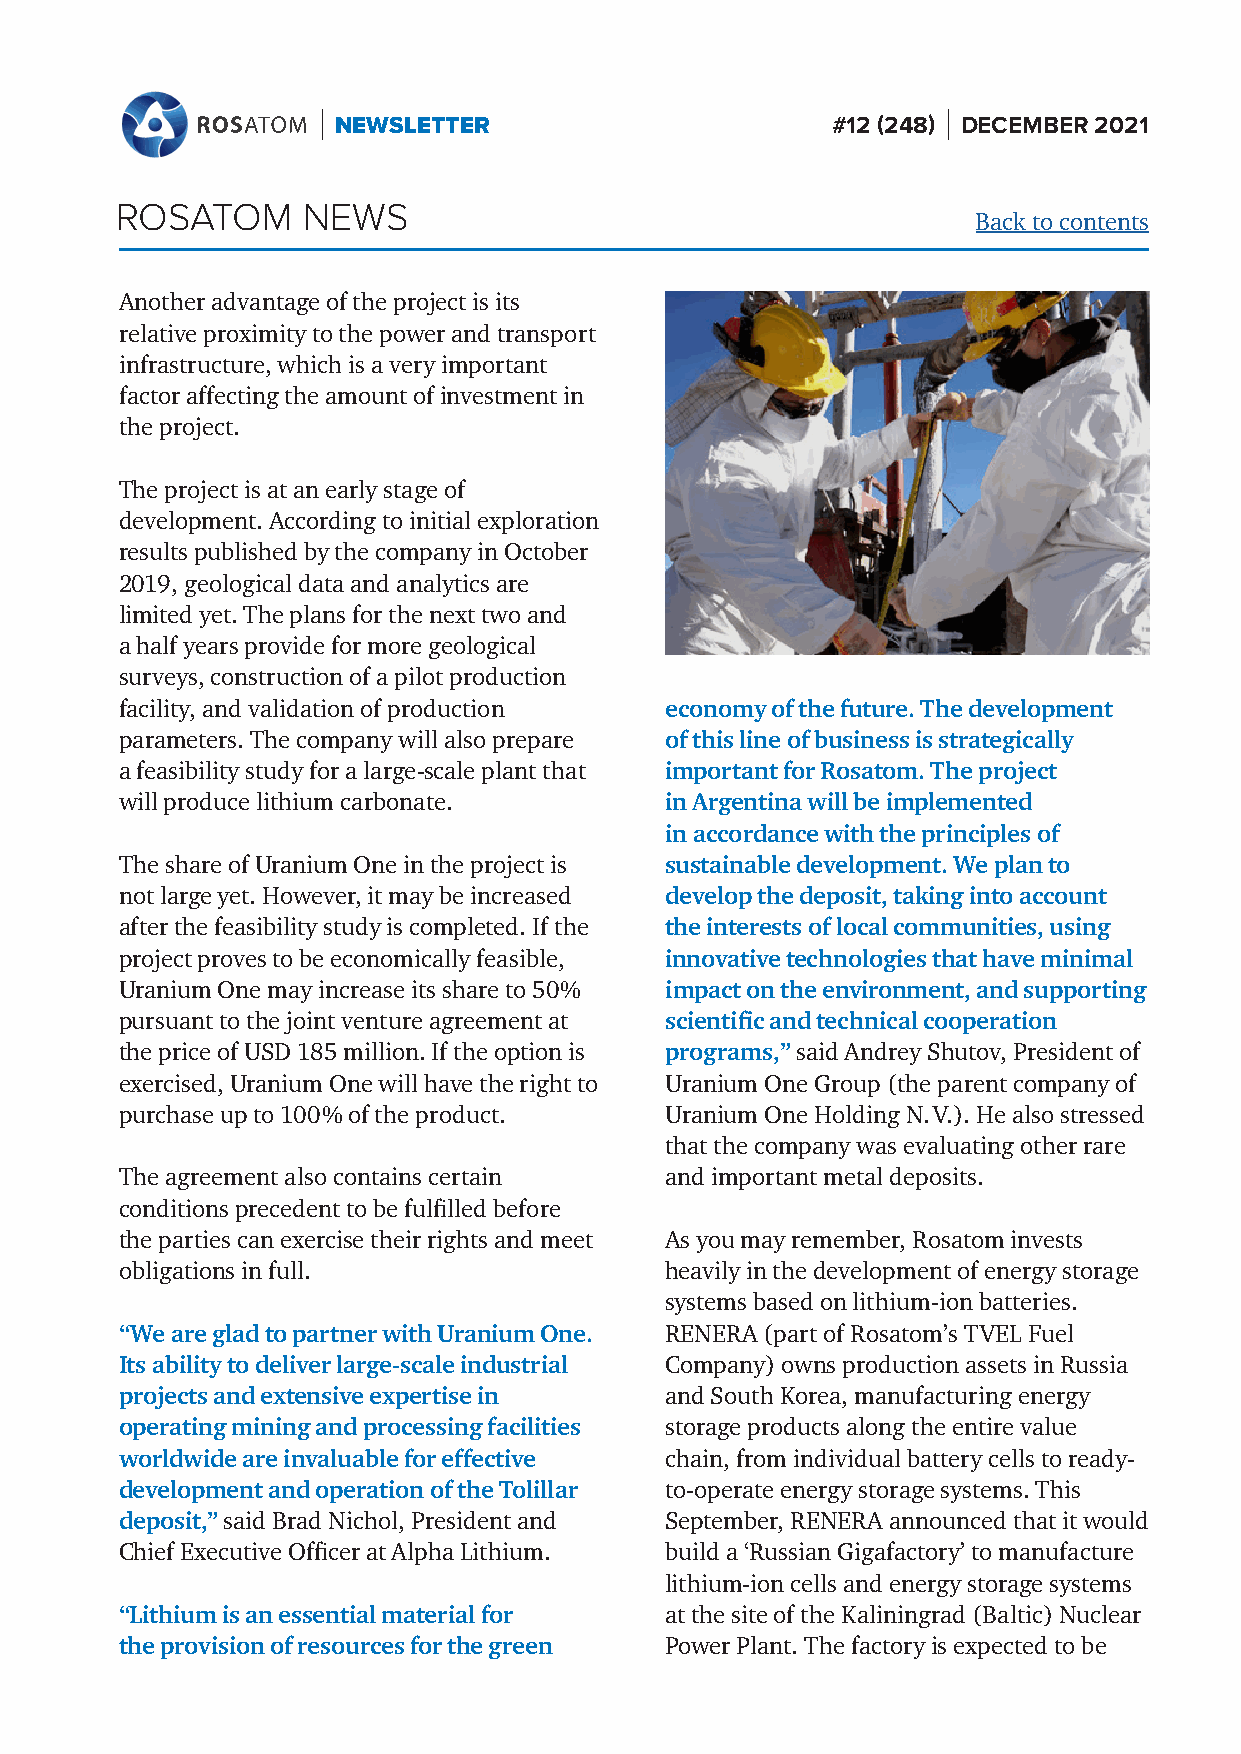
NEWSLETTER                       #12 (248) DECEMBER 2021
 ROSATOM     NEWS
 Back to contents
 Another advantage of the project is its
 relative proximity to the power and transport
 infrastructure, which is a very important
 factor affecting the amount of investment in
 the project.
 The project is at an early stage of
 development. According to initial exploration
 results published by the company in October
 2019, geological data and analytics are
 limited yet. The plans for the next two and
 a half years provide for more geological
 surveys, construction of a pilot production
 facility, and validation of production economy of the future. The development
 parameters. The company will also prepare of this line of business is strategically
 a feasibility study for a large- scale plant that important for Rosatom. The project
 will produce lithium carbonate.     in Argentina will be implemented
 in accordance with the principles of
 The share of Uranium One in the project is sustainable development. We plan to
 not large yet. However, it may be increased develop the deposit, taking into account
 after the feasibility study is completed. If the the interests of local communities, using
 project proves to be economically feasible, innovative technologies that have minimal
 Uranium One may increase its share to 50 % impact on the environment, and supporting
 pursuant to the joint venture agreement at scientific and technical cooperation
 the price of USD 185 million. If the option is programs,” said Andrey Shutov, President of
 exercised, Uranium One will have the right to Uranium One Group (the parent company of
 purchase up to 100 % of the product. Uranium One Holding N. V.). He also stressed
 that the company was evaluating other rare
 The agreement also contains certain and important metal deposits.
 conditions precedent to be fulfilled before
 the parties can exercise their rights and meet As you may remember, Rosatom invests
 obligations in full.                heavily in the development of energy storage
 systems based on lithium-ion batteries.
 “We are glad to partner with Uranium One. RENERA (part of Rosatom’s TVEL Fuel
 Its ability to deliver large-s cale industrial Company) owns production assets in Russia
 projects and extensive expertise in and South Korea, manufacturing energy
 operating mining and processing facilities storage products along the entire value
 worldwide are invaluable for effective chain, from individual battery cells to ready-
 development and operation of the Tolillar to-operate energy storage systems. This
 deposit,” said Brad Nichol, President and September, RENERA announced that it would
 Chief Executive Officer at Alpha Lithium. build a ‘Russian Gigafactory’ to manufacture
 lithium-ion cells and energy storage systems
 “Lithium is an essential material for at the site of the Kaliningrad (Baltic) Nuclear
 the provision of resources for the green Power Plant. The factory is expected to be